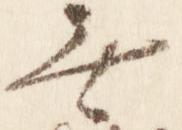
無